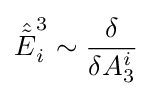
{\hat {\tilde {E}}}_{i}^{3}\sim {\delta  \over \delta A_{3}^{i}}